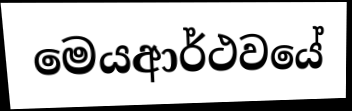
මෙයආර්ථවයේ